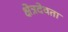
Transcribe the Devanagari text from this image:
क्षेत्रदेवता